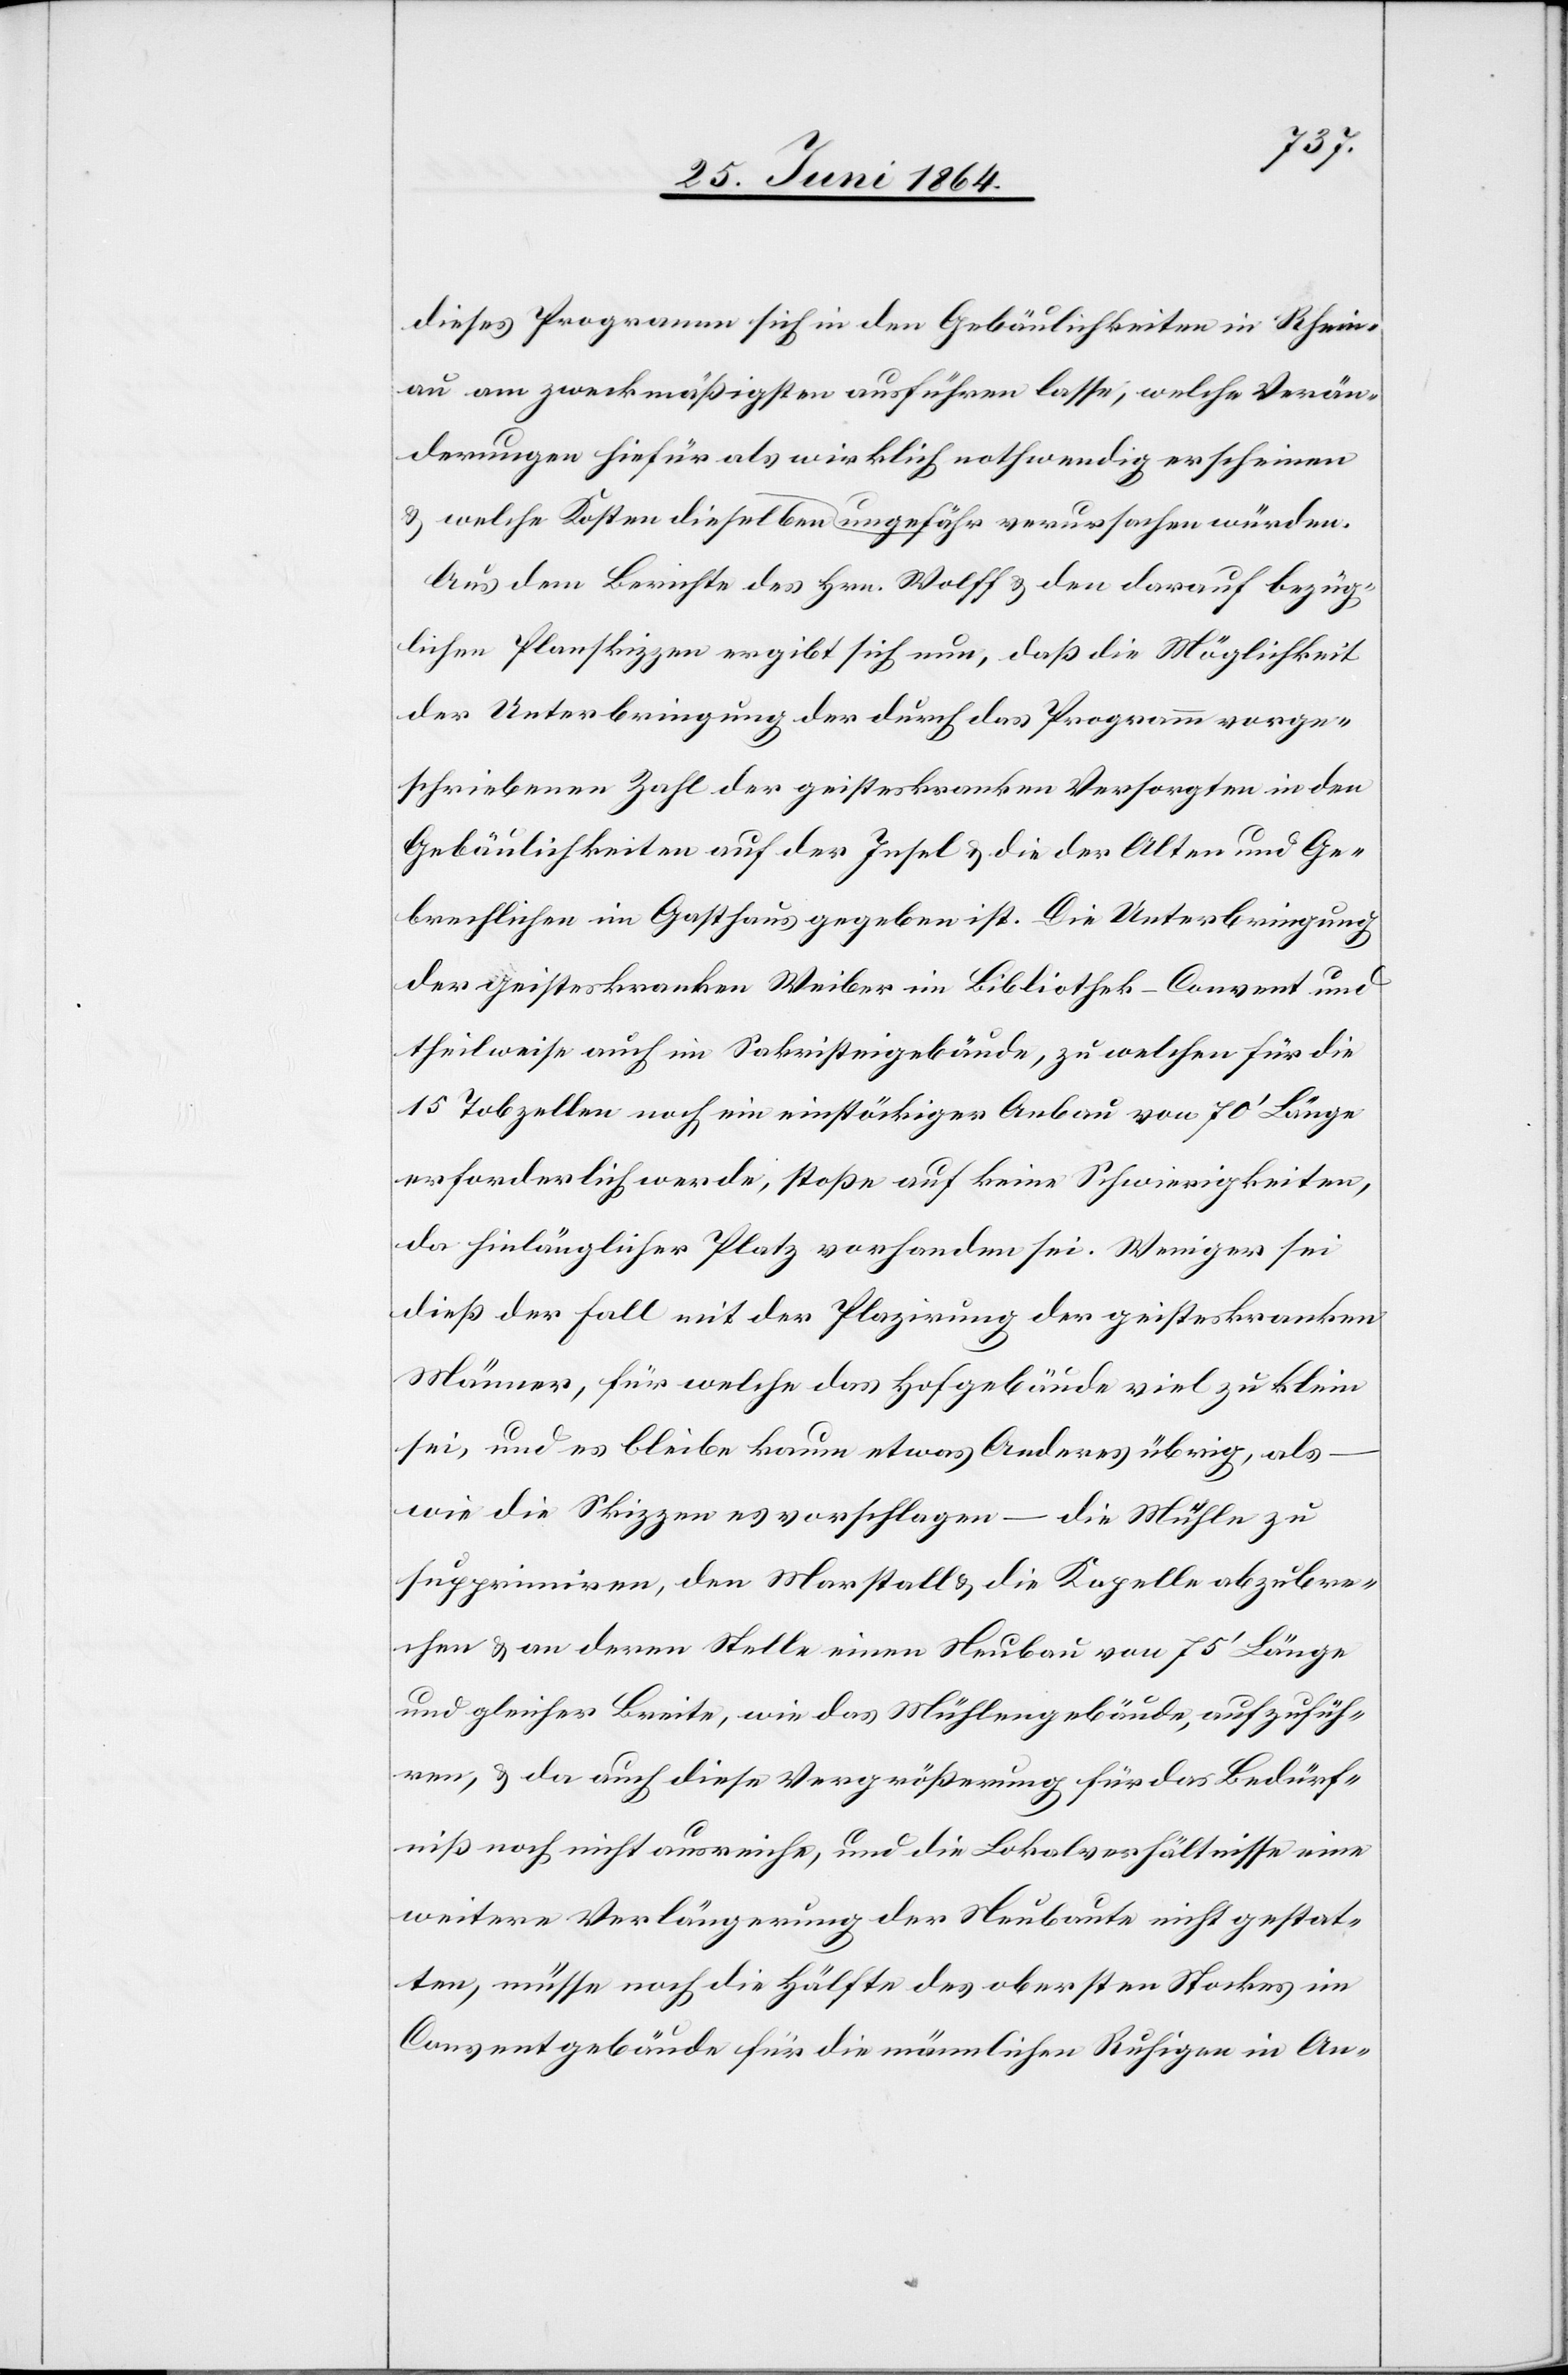
dieses Programm sich in den Gebäulichkeiten in Rhein¬
au am zweckmäßigsten ausführen lasse, welche Verän¬
derungen hiefür als wirklich nothwendig erscheinen
Aus dem Berichte des Hrn. Wolff u. den darauf bezüg¬
lichen Planskizzen ergibt sich nun, daß die Möglichkeit
der Unterbringung der durch das Programm vorge¬
schriebenen Zahl der geisteskranken Versorgten in den
Gebäulichkeiten auf der Insel u. die der Alten und Ge¬
brechlichen im Gasthaus gegeben ist. Die Unterbringung
der geisteskranken Weiber im Bibliothek-Convent und
theilweise auch im Sakristeigebäude, zu welchen für die
15 Tobzellen noch ein einstöckiger Anbau von 70’ Länge
erforderlich werde, stoße auf keine Schwierigkeiten,
da hinlänglicher Platz vorhanden sei. Weniger sei
dieß der Fall mit der Platzirung der geisteskranken
Männer, für welche das Hofgebäude viel zu klein
sei, und es bleibe kaum etwas Anderes übrig, als
wie die Skizzen es vorschlagen – die Mühle zu
supprimiren, den Marstall u. die Kapelle abzubre¬
chen u. an deren Stelle einen Neubau von 75’ Länge
und gleicher Breite, wie das Mühlengebäude, aufzufüh¬
ren, u. da auch diese Vergrößerung für das Bedürf¬
niß noch nicht ausreiche, und die Lokalverhältnisse eine
weitere Verlängerung der Neubaute nicht gestat¬
ten, müsse noch die Hälfte des obersten Stockes im
Conventgebäude für die männlichen Ruhigen in An-